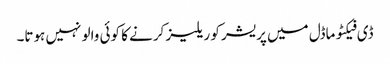
ڈی فیکٹو ماڈل میں پریشر کو ریلیز کرنے کا کوئی والو نہیں ہوتا۔